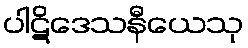
ပါဋိဒေသနီယေသု